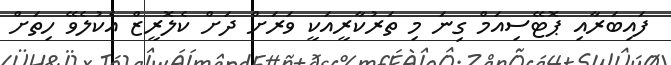
ފައިބަރާއި ޕޮޓޭސިއަމް ގިނަ މި ތަރުކާރީއަކީ ވަރަށް ދަށް ކެލޮރީޒް އެކުލެވޭ ހިތަށް